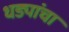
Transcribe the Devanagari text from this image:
धड्यांचा